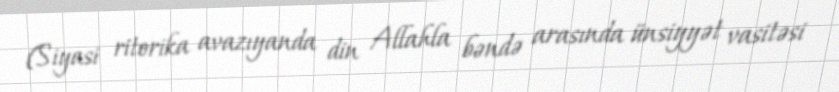
(Siyasi ritorika avazıyanda din Allahla bəndə arasında ünsiyyət vasitəsi